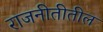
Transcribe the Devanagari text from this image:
राजनीतीतील